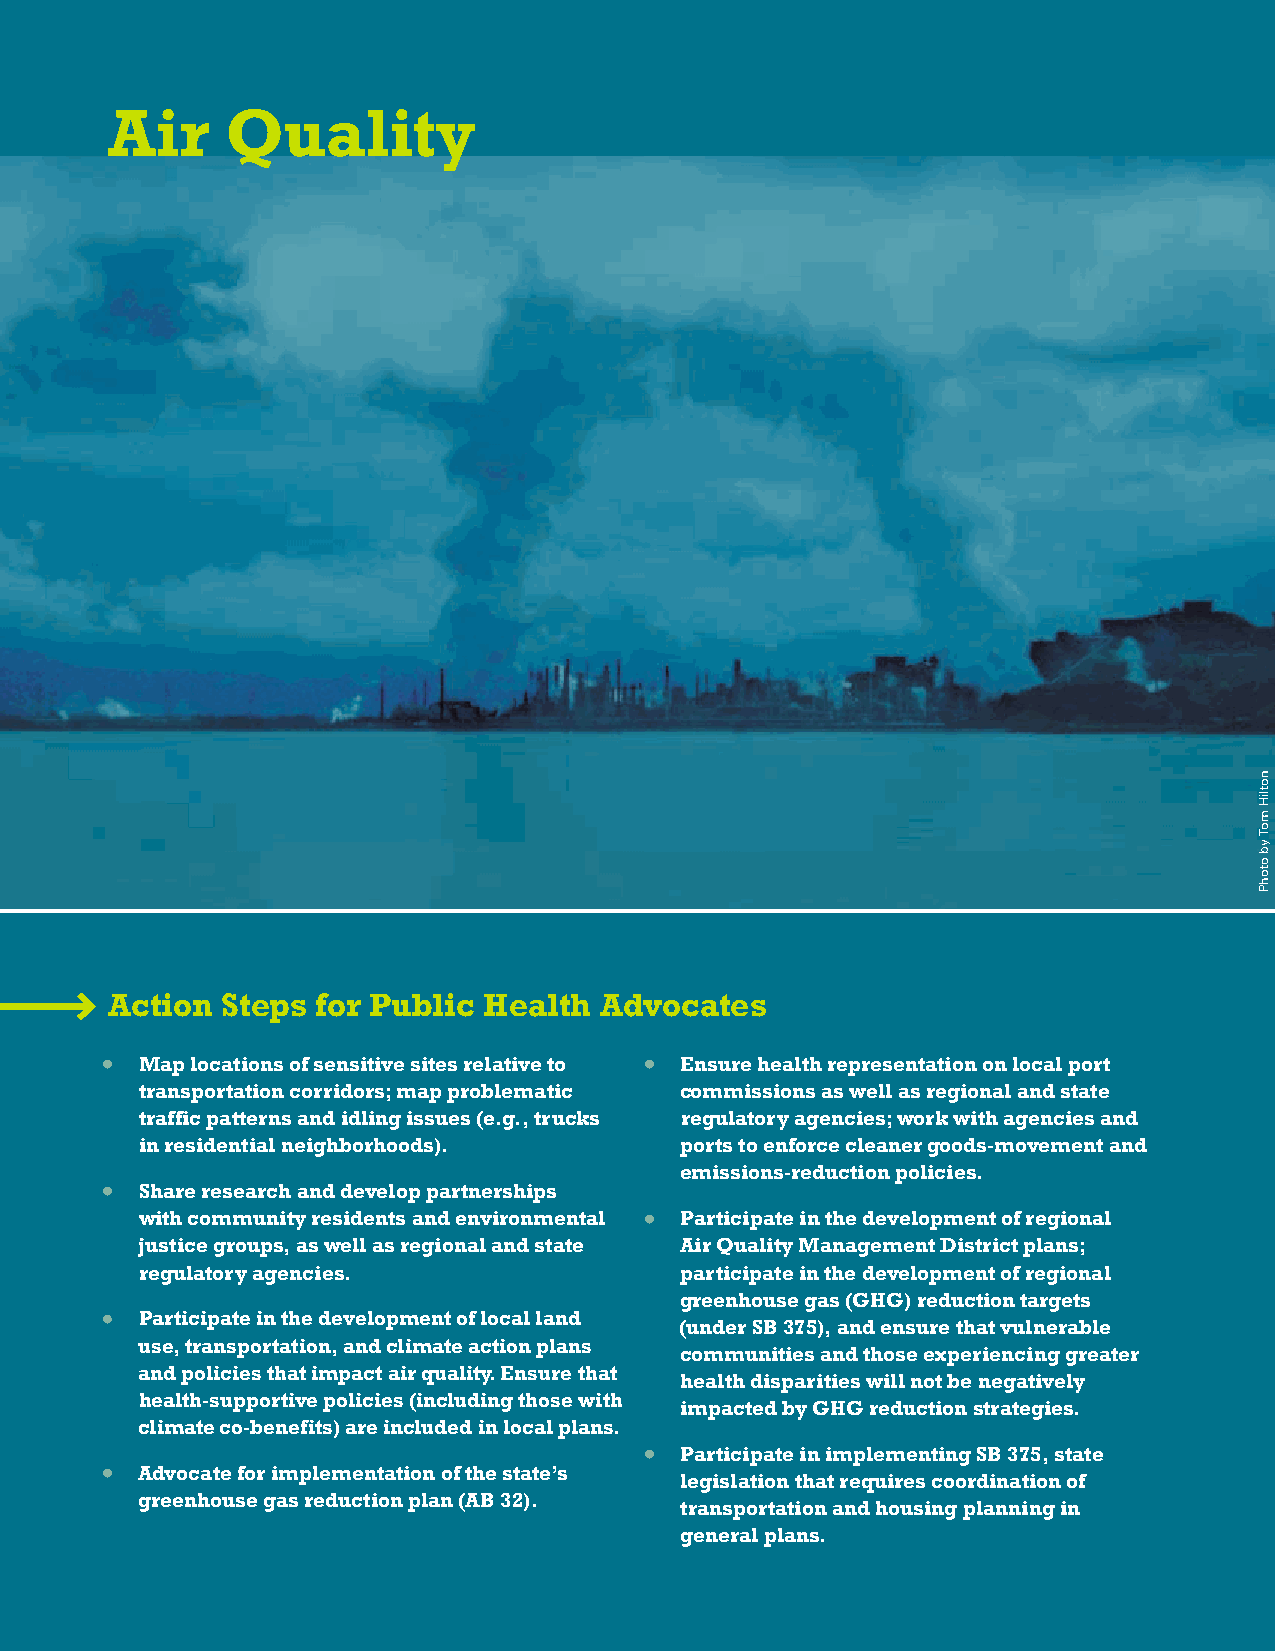
Air     Quality
 Photo by Tom  Hilton
 Action  Steps for Public Health  Advocates
 • Map locations of sensitive sites relative to • Ensure health representation on local port
 transportation corridors; map problematic commissions as well as regional and state
 traffic patterns and idling issues (e.g., trucks regulatory agencies; work with agencies and
 in residential neighborhoods).      ports to enforce cleaner goods-movement and
 emissions-reduction policies.
 • Share research and develop partnerships
 with community residents and environmental • Participate in the development of regional
 justice groups, as well as regional and state Air Quality Management District plans;
 regulatory agencies.                participate in the development of regional
 greenhouse gas (GHG) reduction targets
 • Participate in the development of local land
 (under SB 375), and ensure that vulnerable
 use, transportation, and climate action plans
 communities and those experiencing greater
 and policies that impact air quality. Ensure that
 health disparities will not be negatively
 health-supportive policies (including those with
 impacted by GHG reduction strategies.
 climate co-benefits) are included in local plans.
 • Participate in implementing SB 375, state
 • Advocate for implementation of the state’s
 legislation that requires coordination of
 greenhouse gas reduction plan (AB 32).
 transportation and housing planning in
 general plans.
 notliH
 moT
 yb
 otohP